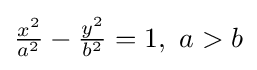
{\tfrac {x^{2}}{a^{2}}}-{\tfrac {y^{2}}{b^{2}}}=1,\ a>b